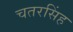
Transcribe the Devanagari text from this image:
चतरसिंह